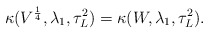
\begin{align*}\kappa(V^{\frac{1}{4}}, \lambda_1,\tau_L^2)= \kappa(W,\lambda_1,\tau_L^2).\end{align*}